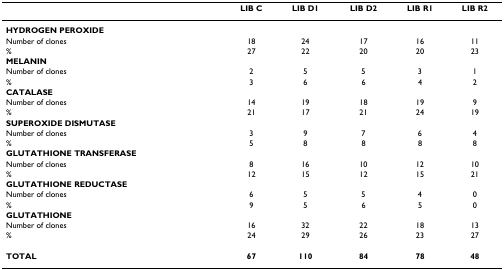
<table><thead><tr><td></td><td><b>LIB C</b></td><td><b>LIB D1</b></td><td><b>LIB D2</b></td><td><b>LIB R1</b></td><td><b>LIB R2</b></td></tr></thead><tbody><tr><td><b>HYDROGEN PEROXIDE</b></td><td></td><td></td><td></td><td></td><td></td></tr><tr><td>Number of clones</td><td>18</td><td>24</td><td>17</td><td>16</td><td>11</td></tr><tr><td>%</td><td>27</td><td>22</td><td>20</td><td>20</td><td>23</td></tr><tr><td><b>MELANIN</b></td><td></td><td></td><td></td><td></td><td></td></tr><tr><td>Number of clones</td><td>2</td><td>5</td><td>5</td><td>3</td><td>1</td></tr><tr><td>%</td><td>3</td><td>6</td><td>6</td><td>4</td><td>2</td></tr><tr><td><b>CATALASE</b></td><td></td><td></td><td></td><td></td><td></td></tr><tr><td>Number of clones</td><td>14</td><td>19</td><td>18</td><td>19</td><td>9</td></tr><tr><td>%</td><td>21</td><td>17</td><td>21</td><td>24</td><td>19</td></tr><tr><td><b>SUPEROXIDE DISMUTASE</b></td><td></td><td></td><td></td><td></td><td></td></tr><tr><td>Number of clones</td><td>3</td><td>9</td><td>7</td><td>6</td><td>4</td></tr><tr><td>%</td><td>5</td><td>8</td><td>8</td><td>8</td><td>8</td></tr><tr><td><b>GLUTATHIONE TRANSFERASE</b></td><td></td><td></td><td></td><td></td><td></td></tr><tr><td>Number of clones</td><td>8</td><td>16</td><td>10</td><td>12</td><td>10</td></tr><tr><td>%</td><td>12</td><td>15</td><td>12</td><td>15</td><td>21</td></tr><tr><td><b>GLUTATHIONE REDUCTASE</b></td><td></td><td></td><td></td><td></td><td></td></tr><tr><td>Number of clones</td><td>6</td><td>5</td><td>5</td><td>4</td><td>0</td></tr><tr><td>%</td><td>9</td><td>5</td><td>6</td><td>5</td><td>0</td></tr><tr><td><b>GLUTATHIONE</b></td><td></td><td></td><td></td><td></td><td></td></tr><tr><td>Number of clones</td><td>16</td><td>32</td><td>22</td><td>18</td><td>13</td></tr><tr><td>%</td><td>24</td><td>29</td><td>26</td><td>23</td><td>27</td></tr><tr><td><b>TOTAL</b></td><td><b>67</b></td><td><b>110</b></td><td><b>84</b></td><td><b>78</b></td><td><b>48</b></td></tr></tbody></table>